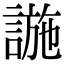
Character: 𧩹